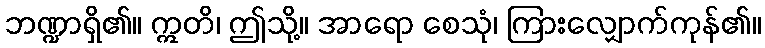
ဘဏ္ဍာရှိ၏။ ဣတိ၊ ဤသို့။ အာရော စေသုံ၊ ကြားလျှောက်ကုန်၏။